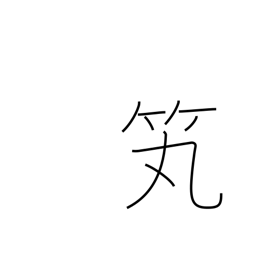
Meaning: arrow holder